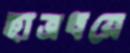
হাত্রধরে